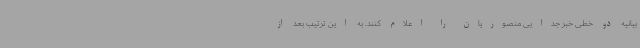
بیانیه دو خطی خبر جدایی منصوریان را اعلام کنند. به این ترتیب بعد از